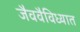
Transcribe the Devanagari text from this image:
जैववैविध्यात